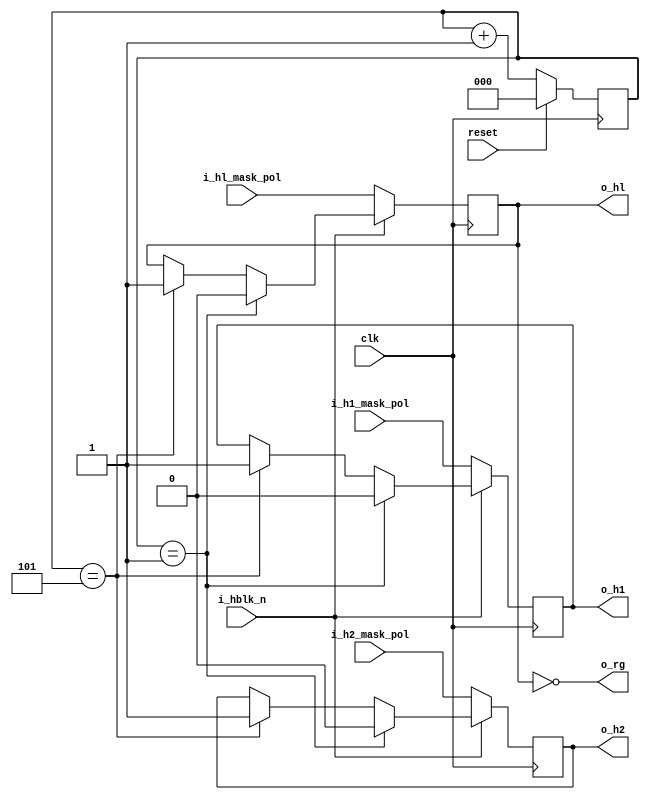
//-------------------------------------------------------------------------------------------------
//  --    : , 2010 -2015.
//  --      .
//  --          : FPGA
//  --        : ad_horizontal_driver
//  --        : 
//-------------------------------------------------------------------------------------------------
//
//  --  :
//
//  --          :| 				:|  
//-------------------------------------------------------------------------------------------------
//  --        :| 2015/8/9 15:48:45	:|  
//-------------------------------------------------------------------------------------------------
//
//  --      :
//              1)  : ... ...
//
//              2)  : ... ...
//
//              3)  : ... ...
//
//-------------------------------------------------------------------------------------------------
///
`timescale 1ns/1ps
//-------------------------------------------------------------------------------------------------

module ad_horizontal_driver (
	input			clk				,	//8
	input			reset			,	//
	input			i_hl_mask_pol	,	//hblkhl
	input			i_h1_mask_pol	,	//hblkh1
	input			i_h2_mask_pol	,	//hblkh2
	input			i_hblk_n		,	//hblk
	output			o_hl			,	//hl
	output			o_h1			,	//h1
	output			o_h2			,	//h2
	output			o_rg				//rg
	);

	//	ref signals
	reg		[2:0]		ser_cnt		= 3'b0;
	reg					hl_reg		= 1'b0;
	reg					h1_reg		= 1'b0;
	reg					h2_reg		= 1'b0;

	//	ref ARCHITECTURE

	//	-------------------------------------------------------------------------------------
	//	
	//	1.8bit3bit07
	//	-------------------------------------------------------------------------------------
	always @ (posedge clk) begin
		if(reset) begin
			ser_cnt	<= 3'b0;
		end
		else begin
			ser_cnt	<= ser_cnt + 1'b1;
		end
	end

	//	-------------------------------------------------------------------------------------
	//	hl
	//	-------------------------------------------------------------------------------------
	always @ (posedge clk) begin
		if(i_hblk_n==1'b0) begin
			hl_reg	<= i_hl_mask_pol;
		end
		else begin
			if(ser_cnt==3'd1) begin
				hl_reg	<= 1'b0;
			end
			else if(ser_cnt==3'd5) begin
				hl_reg	<= 1'b1;
			end
		end
	end
	assign	o_hl	= hl_reg;
	assign	o_rg	= !hl_reg;
	
	//	-------------------------------------------------------------------------------------
	//	h1
	//	-------------------------------------------------------------------------------------
	always @ (posedge clk) begin
		if(i_hblk_n==1'b0) begin
			h1_reg	<= i_h1_mask_pol;
		end
		else begin
			if(ser_cnt==3'd1) begin
				h1_reg	<= 1'b0;
			end
			else if(ser_cnt==3'd5) begin
				h1_reg	<= 1'b1;
			end
		end
	end
	assign	o_h1	= h1_reg;

	//	-------------------------------------------------------------------------------------
	//	h2
	//	-------------------------------------------------------------------------------------
	always @ (posedge clk) begin
		if(i_hblk_n==1'b0) begin
			h2_reg	<= i_h2_mask_pol;
		end
		else begin
			if(ser_cnt==3'd1) begin
				h2_reg	<= 1'b0;
			end
			else if(ser_cnt==3'd5) begin
				h2_reg	<= 1'b1;
			end
		end
	end
	assign	o_h2	= h2_reg;

endmodule